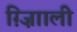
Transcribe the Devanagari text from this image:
ग़्ज़ाािली